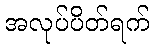
အလုပ်ပိတ်ရက်